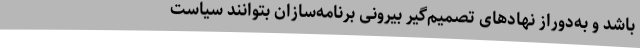
باشد و به‌دوراز نهادهای تصمیم‌گیر بیرونی برنامه‌سازان بتوانند سیاست